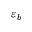
\varepsilon _ { b }